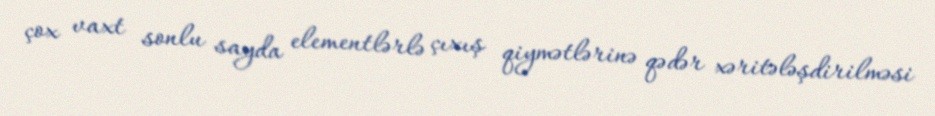
çox vaxt sonlu sayda elementlərlə çıxış qiymətlərinə qədər xəritələşdirilməsi